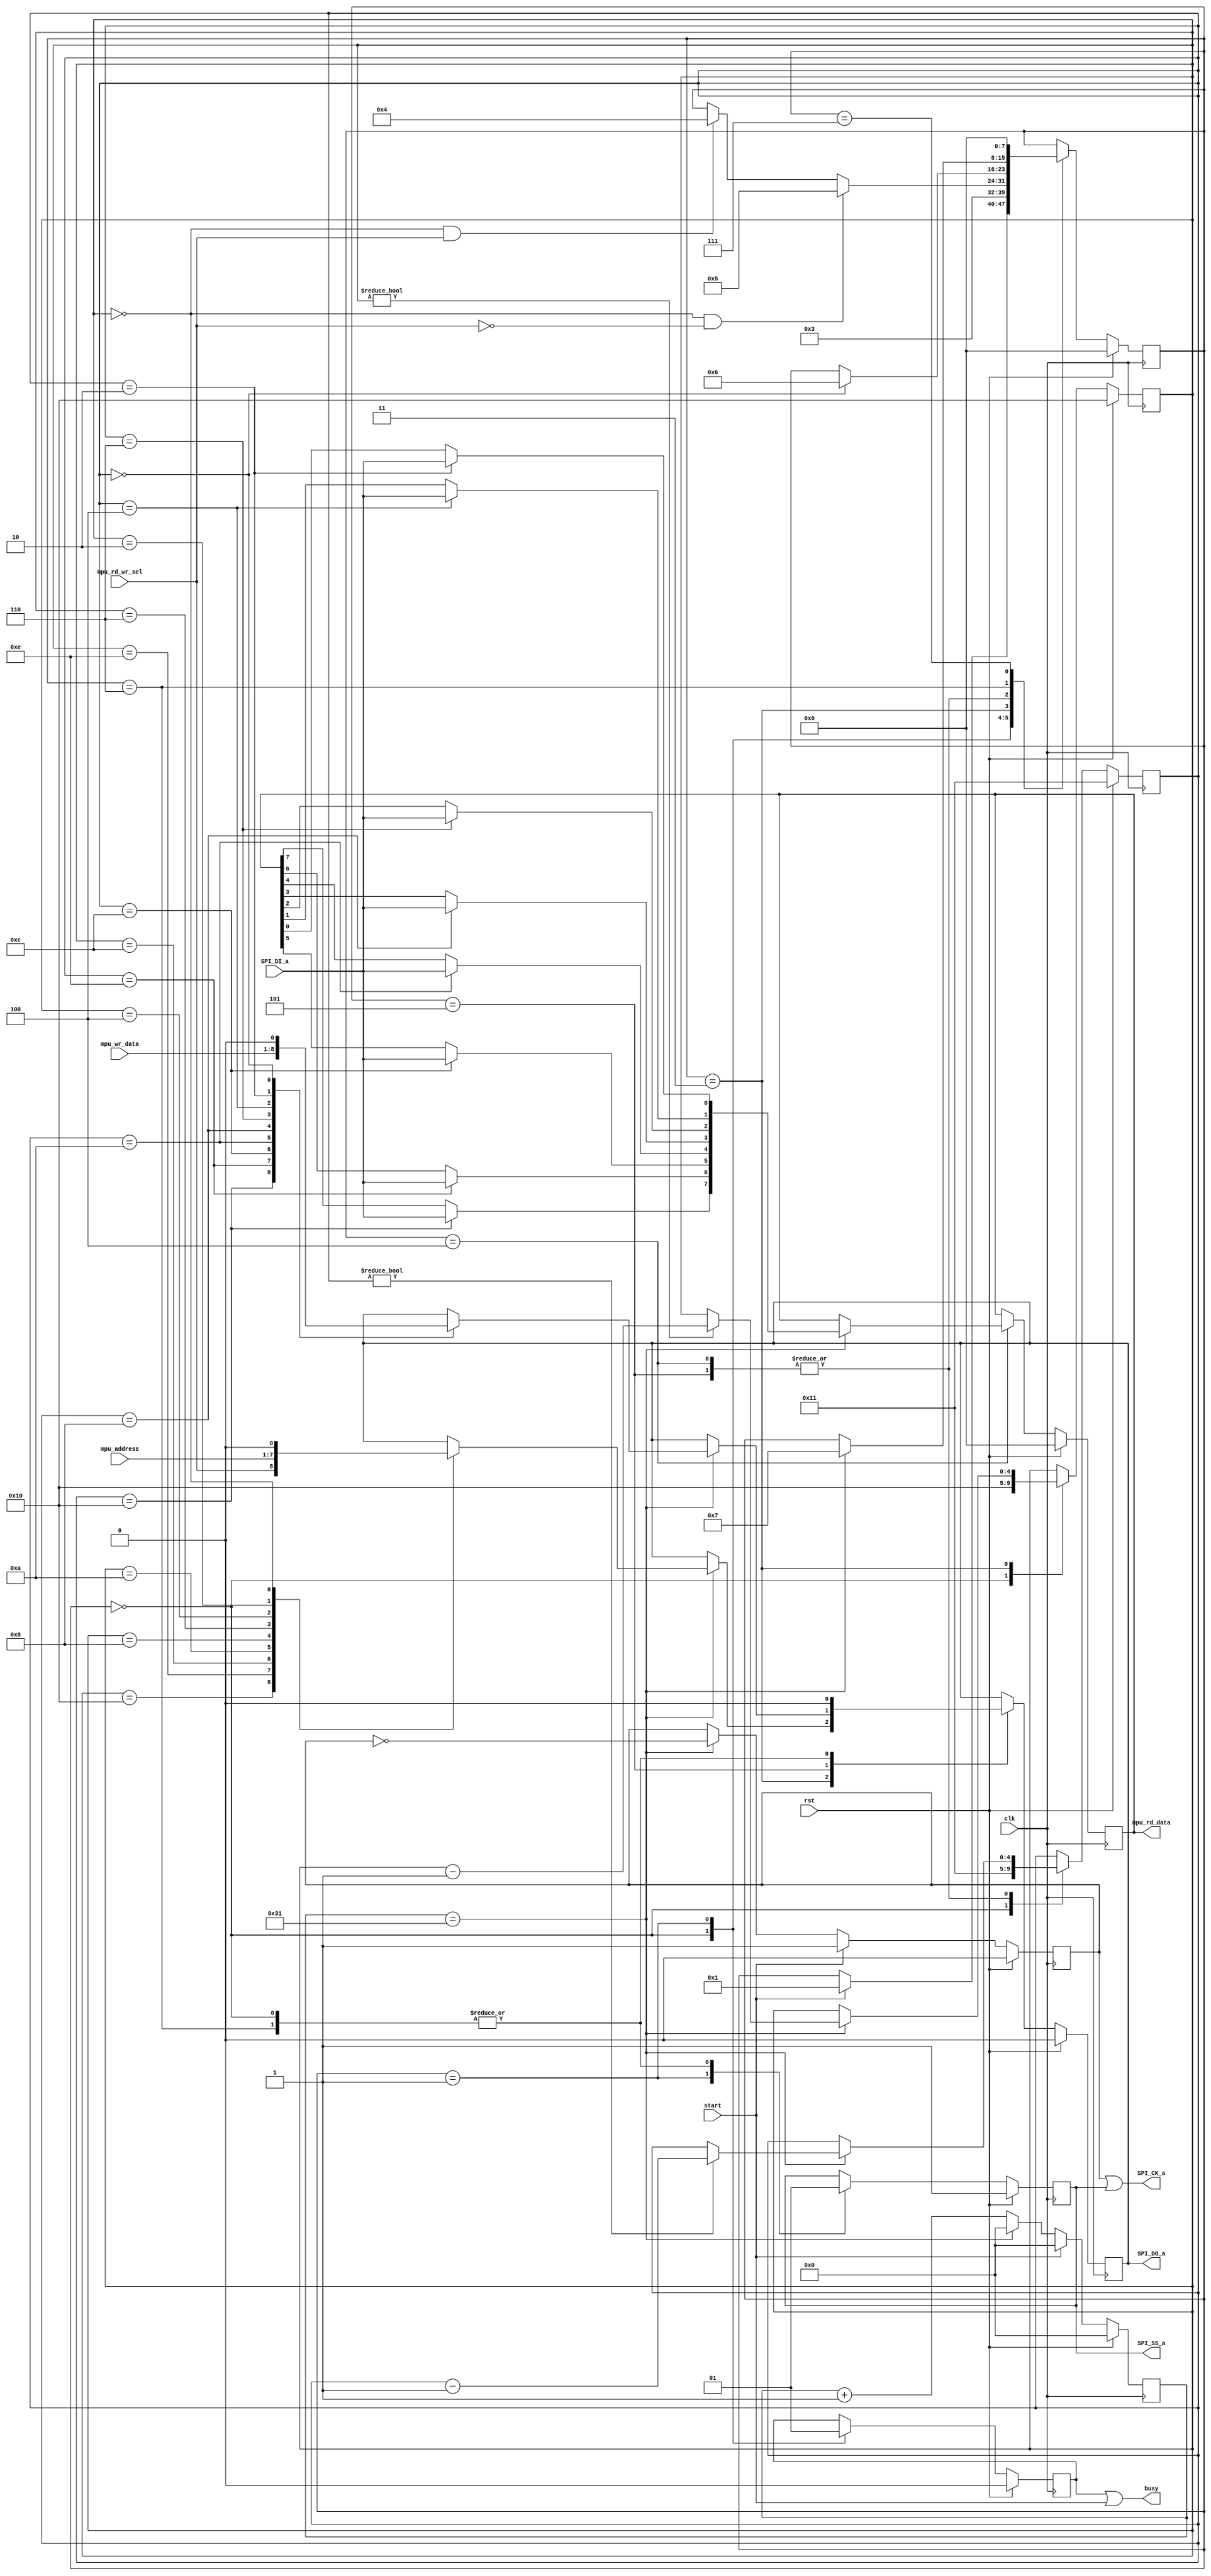
module SPI_IF_accel( 
	input clk,
	input rst,
	input [6:0] mpu_address,		
	input [7:0] mpu_wr_data,		
	input mpu_rd_wr_sel,				
	input start,						
	output busy,					
	output SPI_SS_a,						
	output SPI_CK_a,						
	output SPI_DO_a,						
	input SPI_DI_a,						
	output [7:0] mpu_rd_data				
    );
	 reg [7:0] mpu_rd_data_buff; 		
	 reg [7:0] SPIstate;
	 reg [11:0] counter;		
	 reg MPUclk;				
	 reg  do_reg;				
	 reg  ss_reg;				
	 reg  ck_reg;				
	 reg busy_bf;				
	 reg [4:0] i;				
	 reg [4:0] j;				
parameter SPI_HALF_CLK = 50; 
parameter SPI_CLK = SPI_HALF_CLK*2;
wire halfCLKpassed = (counter == SPI_HALF_CLK-1);
always@(posedge clk)
begin
	if(rst)
	begin
		counter <= 0;
		MPUclk <= 0;
	end
	else
	begin
		if(start==1) begin
			counter <= 0;		
			MPUclk <= 1;			
		end
		else if(halfCLKpassed)begin			
			counter <= 0;		
			MPUclk <= ~MPUclk;
			end
		else begin
			counter <= counter + 1;
		end
	end
end
always @(posedge clk)
	begin
		if(rst)
		begin
			SPIstate = 0;
		end
		else
		begin		
			case(SPIstate)
				0:if(start == 1) SPIstate = 1;	
				1:SPIstate = 3;	
				3:begin
					if(i==0 && mpu_rd_wr_sel == 1)SPIstate = 4;				
					if(i==0 && mpu_rd_wr_sel == 0)SPIstate = 5;				
				end
				4:if(j==0)SPIstate = 6;				
				5:if(j==0)SPIstate = 6;
				6:if(halfCLKpassed)SPIstate = 7;				
				7:SPIstate = 0;			
			endcase
		end
	end
always @ (posedge clk)
begin 
	if(rst)
		begin
			do_reg = 0;
			ck_reg = 1;
			ss_reg = 1;
			busy_bf = 0;
			mpu_rd_data_buff = 0;
			i = 16;
			j = 17;
		end
	else
		case(SPIstate)
			0:begin					
				do_reg = 0;
				ss_reg = 1; 
				busy_bf = 0;
			   i = 16;
				j = 17;
			  end
			1:begin					
					busy_bf = 1;
					ss_reg = 0;
					end
			3:begin					
				if(halfCLKpassed)
				begin
					case (i)
						16:do_reg = mpu_rd_wr_sel;
						14:do_reg = mpu_address[6];
						12:do_reg = mpu_address[5];
						10:do_reg = mpu_address[4];
						8: do_reg = mpu_address[3];
						6: do_reg = mpu_address[2];
						4: do_reg = mpu_address[1];
						2: do_reg = mpu_address[0];
						0: do_reg = 0;
					endcase
					if(i!=0) i=i-1;
				end
			  end
			4:begin				
				if(halfCLKpassed)
				begin
					case (j)
						16:mpu_rd_data_buff[7] = SPI_DI_a;
						14:mpu_rd_data_buff[6] = SPI_DI_a;
						12:mpu_rd_data_buff[5] = SPI_DI_a;
						10:mpu_rd_data_buff[4] = SPI_DI_a;
						8:mpu_rd_data_buff[3] = SPI_DI_a;
						6:mpu_rd_data_buff[2] = SPI_DI_a;
						4:mpu_rd_data_buff[1] = SPI_DI_a;
						2:mpu_rd_data_buff[0] = SPI_DI_a;						
					endcase
					if(j!=0) j=j-1;
				end
			end	
			5:begin				
				if(halfCLKpassed)
				begin
					case (j)
						16:do_reg = mpu_wr_data[7]; 
						14:do_reg = mpu_wr_data[6]; 
						12:do_reg = mpu_wr_data[5]; 
						10:do_reg = mpu_wr_data[4]; 
						8:do_reg = mpu_wr_data[3]; 
						6:do_reg = mpu_wr_data[2]; 
						4:do_reg = mpu_wr_data[1]; 
						2:do_reg = mpu_wr_data[0]; 
						0:do_reg = 0;
					endcase
					if(j!=0) j=j-1;
				end
			end
			6:begin				
				ck_reg =1;
				do_reg =0;
				ss_reg = 1;
			  end
			7:begin		
			end
		endcase
end
assign SPI_DO_a = do_reg;
assign SPI_CK_a = MPUclk | ss_reg;
assign SPI_SS_a = ss_reg;
assign busy = busy_bf | start;
assign mpu_rd_data = mpu_rd_data_buff;
endmodule